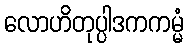
လောဟိတုပ္ပါဒကကမ္မံ